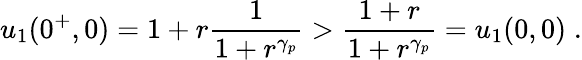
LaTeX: u_{1}(0^{+},0)=1+r\frac{1}{1+r^{\gamma_{p}}}>\frac{1+r}{1+r^{\gamma_{p}}}=u_{1}(0,0)\; .